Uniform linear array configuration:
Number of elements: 32
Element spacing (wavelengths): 0.75
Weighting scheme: binomial
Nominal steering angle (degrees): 30
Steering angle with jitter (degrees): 28.631
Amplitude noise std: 0.05
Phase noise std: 0.05

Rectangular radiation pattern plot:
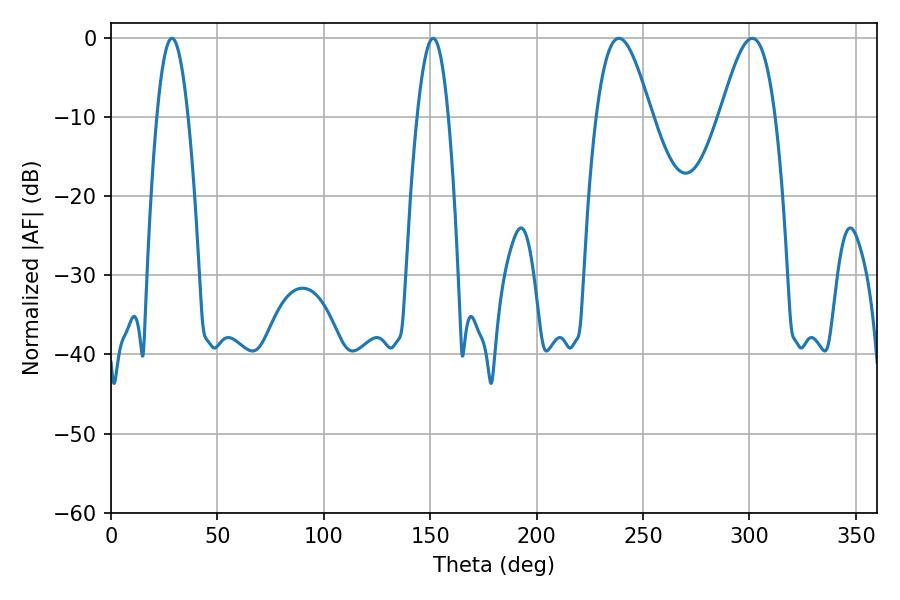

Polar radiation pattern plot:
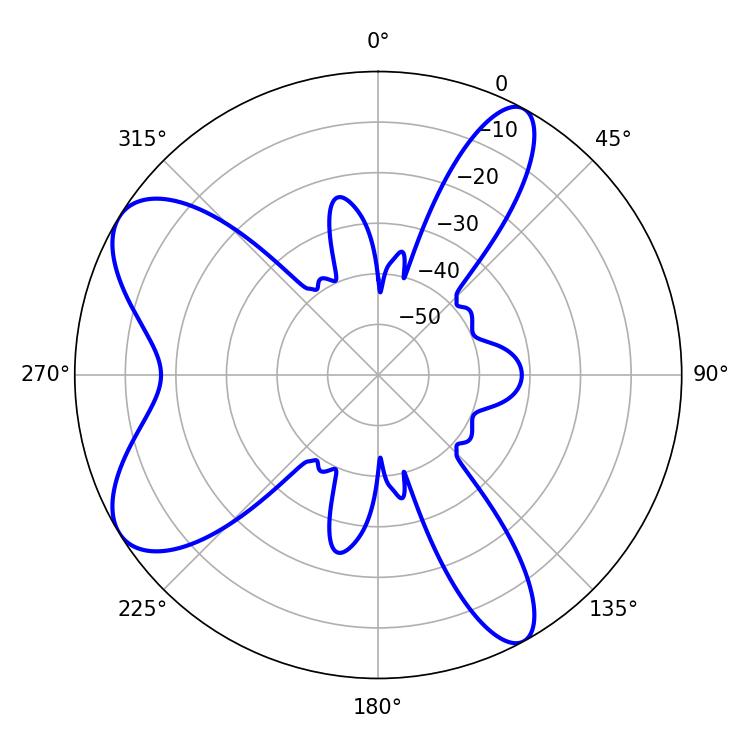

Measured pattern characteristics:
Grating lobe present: TRUE
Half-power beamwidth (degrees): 14.04
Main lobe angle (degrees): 238.68